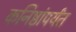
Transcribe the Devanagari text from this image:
कनिष्ठांपर्यंत